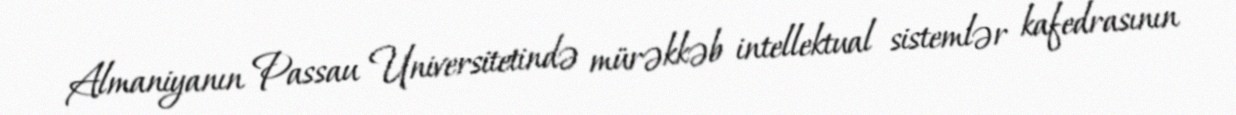
Almaniyanın Passau Universitetində mürəkkəb intellektual sistemlər kafedrasının